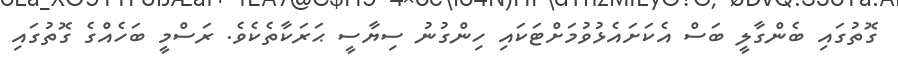
ގޮތުގައި ބެންގާލީ ބަސް އެކަށައެޅުވުމަށްޓަކައި ހިންގުނު ސިޔާސީ ޙަރަކާތެކެވެ. ރަސްމީ ބަހެއްގެ ގޮތުގައި